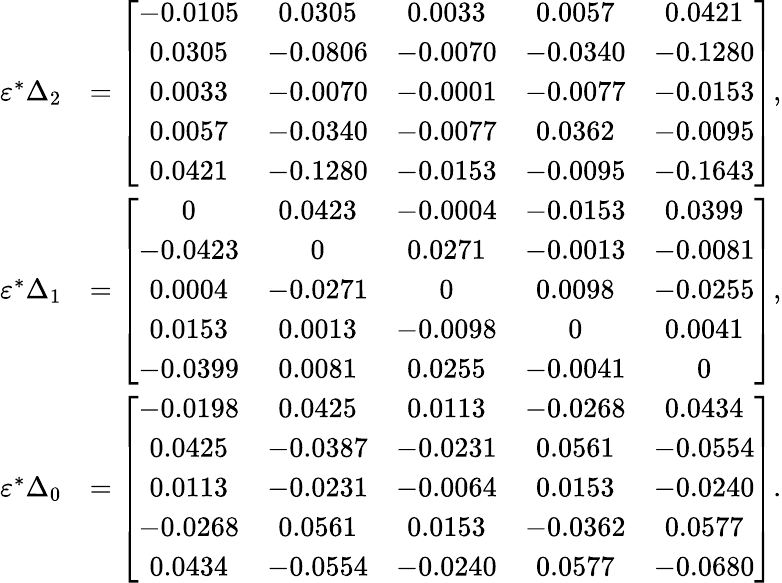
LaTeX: \begin{array}{rl}{\varepsilon^{*}\Delta_{2}}&{=\left[\begin{array}{ccccc}{-0.0105}&{0.0305}&{0.0033}&{0.0057}&{0.0421}\\ {0.0305}&{-0.0806}&{-0.0070}&{-0.0340}&{-0.1280}\\ {0.0033}&{-0.0070}&{-0.0001}&{-0.0077}&{-0.0153}\\ {0.0057}&{-0.0340}&{-0.0077}&{0.0362}&{-0.0095}\\ {0.0421}&{-0.1280}&{-0.0153}&{-0.0095}&{-0.1643}\end{array}\right],}\\ {\varepsilon^{*}\Delta_{1}}&{=\left[\begin{array}{ccccc}{0}&{0.0423}&{-0.0004}&{-0.0153}&{0.0399}\\ {-0.0423}&{0}&{0.0271}&{-0.0013}&{-0.0081}\\ {0.0004}&{-0.0271}&{0}&{0.0098}&{-0.0255}\\ {0.0153}&{0.0013}&{-0.0098}&{0}&{0.0041}\\ {-0.0399}&{0.0081}&{0.0255}&{-0.0041}&{0}\end{array}\right],}\\ {\varepsilon^{*}\Delta_{0}}&{=\left[\begin{array}{ccccc}{-0.0198}&{0.0425}&{0.0113}&{-0.0268}&{0.0434}\\ {0.0425}&{-0.0387}&{-0.0231}&{0.0561}&{-0.0554}\\ {0.0113}&{-0.0231}&{-0.0064}&{0.0153}&{-0.0240}\\ {-0.0268}&{0.0561}&{0.0153}&{-0.0362}&{0.0577}\\ {0.0434}&{-0.0554}&{-0.0240}&{0.0577}&{-0.0680}\end{array}\right].}\end{array}